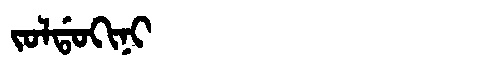
Manchu: ᠵᠣᠯᡩᠣᡴᡳᠨᡳ
Romanization: JOLDOKINI